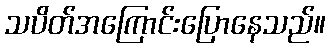
သပိတ်အကြောင်းပြောနေသည်။